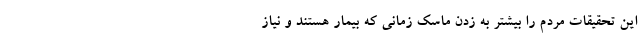
این تحقیقات مردم را بیشتر به زدن ماسک زمانی که بیمار هستند و نیاز